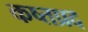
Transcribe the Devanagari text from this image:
कष्तप्रद